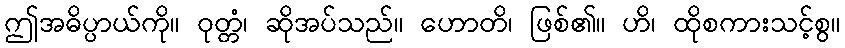
ဤအဓိပ္ပာယ်ကို။ ဝုတ္တံ၊ ဆိုအပ်သည်။ ဟောတိ၊ ဖြစ်၏။ ဟိ၊ ထိုစကားသင့်စွ။